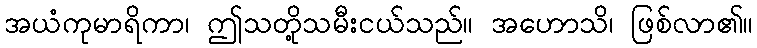
အယံကုမာရိကာ၊ ဤသတို့သမီးငယ်သည်။ အဟောသိ၊ ဖြစ်လာ၏။